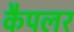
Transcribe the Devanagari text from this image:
कैपलर